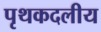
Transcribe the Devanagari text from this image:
पृथकदलीय